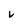
Character: v